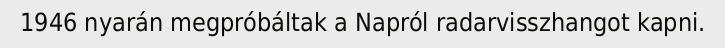
1946 nyarán megpróbáltak a Napról radarvisszhangot kapni.